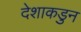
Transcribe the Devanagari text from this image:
देशाकडुन